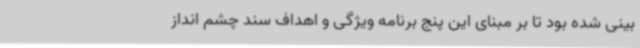
بینی شده بود تا بر مبنای این پنج برنامه ویژگی و اهداف سند چشم انداز